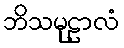
ဘိသမုဠာလံ